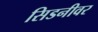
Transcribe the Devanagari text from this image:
सिडनीवर